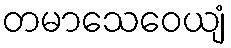
တမာသေဝေယျံ